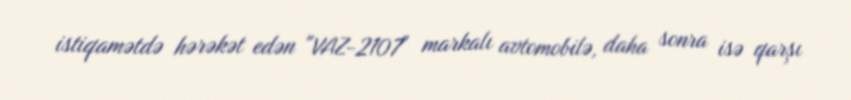
istiqamətdə hərəkət edən "VAZ-2107" markalı avtomobilə, daha sonra isə qarşı